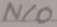
Text: N/0